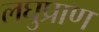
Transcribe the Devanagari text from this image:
लघुप्राण